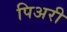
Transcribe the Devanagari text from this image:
पिअरी